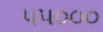
૫૫૦૦૦